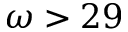
\omega > 2 9